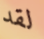
لقد